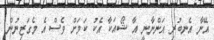
އޭނާ އެނބުރި އަންނާނީ އާ ޝޯއަކާ އެކު ކަމަށް ވެސް އެ މެގަޒިނުން